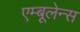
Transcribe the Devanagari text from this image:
एम्बूलेन्स